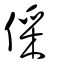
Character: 倸